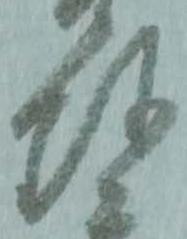
珎